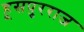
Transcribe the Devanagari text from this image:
हूसपुरराज